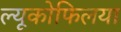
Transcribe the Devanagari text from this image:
ल्यूकोफिलया